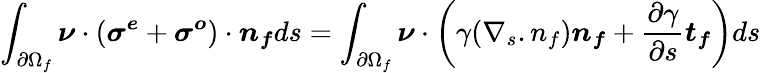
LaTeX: \int_{\partial\Omega_{f}}\boldsymbol{\nu}\cdot(\boldsymbol{\sigma^{e}}+\boldsymbol{\sigma^{o}})\cdot\boldsymbol{n_{f}}ds=\int_{\partial\Omega_{f}}\boldsymbol{\nu}\cdot\left(\gamma(\nabla_{s}.n_{f})\boldsymbol{n_{f}}+\frac{\partial\gamma}{\partial s}\boldsymbol{t_{f}}\right)ds